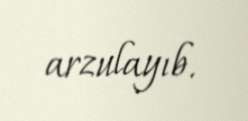
arzulayıb.